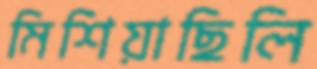
মিশিয়াছিলি